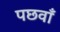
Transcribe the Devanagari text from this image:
पछवाँ